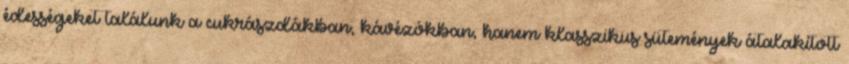
édességeket találunk a cukrászdákban, kávézókban, hanem klasszikus sütemények átalakított